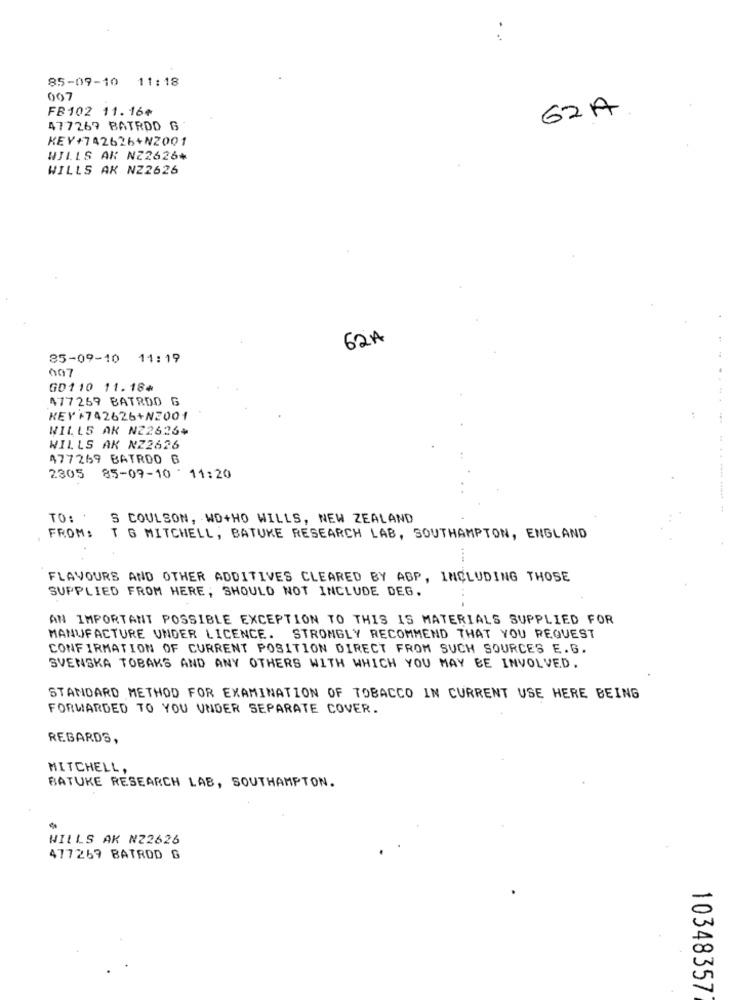
85-09-10 11:18
007
FB102 11.16¢
62A
477269 BATRDD G
KEY+742626+N2001
WILLS AK NZ2626+
WILLS AK NZ2626
62A
85-09-10 11:19
007
GD110 11.184
477269 BATRDO G
KEY+742626+N2001
WILLS AK N22626+
WILLS AK NZ2626
477269 BATRDO G
2305
85-09-10 - 11:20
TO: *
S COULSON, WD+HO WILLS, NEW ZEALAND
FROM: T G MITCHELL, BATUKE RESEARCH LAB, SOUTHAMPTON, ENGLAND
FLAVOURS AND OTHER ADDITIVES CLEARED BY ABP, INCLUDING THOSE
SUPPLIED FROM HERE, SHOULD NOT INCLUDE DEG.
AN IMPORTANT POSSIBLE EXCEPTION TO THIS IS MATERIALS SUPPLIED FOR
MANUFACTURE UNDER LICENCE. STRONGLY RECOMMEND THAT YOU REQUEST
CONFIRMATION OF CURRENT POSITION DIRECT FROM SUCH SOURCES E.G.
SVENSKA TOBAKS AND ANY OTHERS WITH WHICH YOU MAY BE INVOLVED.
STANDARD METHOD FOR EXAMINATION OF TOBACCO IN CURRENT USE HERE BEING
FORWARDED TO YOU UNDER SEPARATE COVER.
REGARDS,
MITCHELL,
BATUKE RESEARCH LAB, SOUTHAMPTON.
WILLS AK NZ2626
477269 BATROD &
10348357